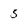
Character: 5